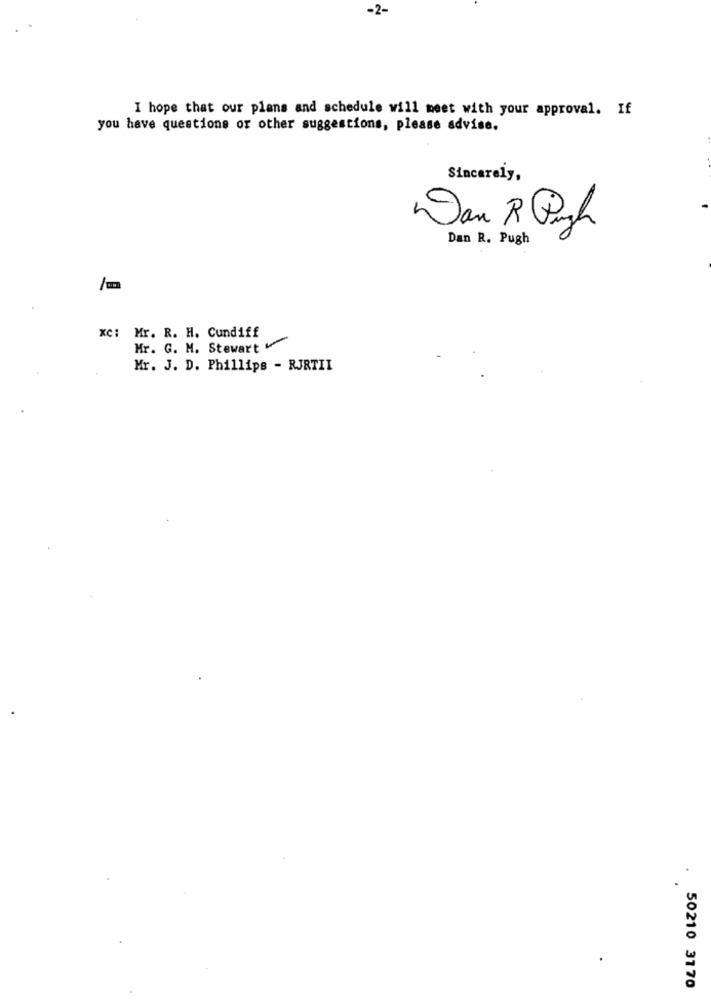
-2-
I hope that our plans and schedule will meet with your approval. If
you have questions or other suggestions, please advise.
Sincerely,
Dan R Digh
Dan R. Pugh
xc: Mr. R. H. Cundiff
Mr. G. M. Stewart
Mr. J. D. Phillips - RJRTII
50210 3170